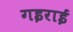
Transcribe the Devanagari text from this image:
गइराई